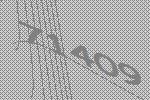
71409